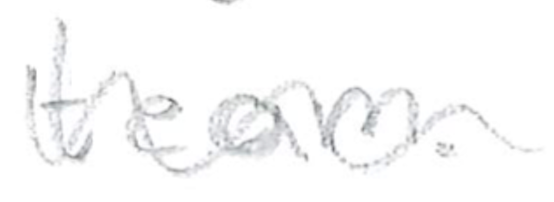
Text: team.
Cross-out: wave
Writing tool: pencil